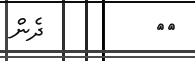
٢٩         ދެން